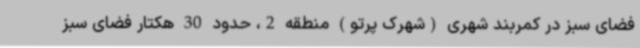
فضای سبز در کمربند شهری (شهرک پرتو) منطقه 2، حدود 30 هکتار فضای سبز